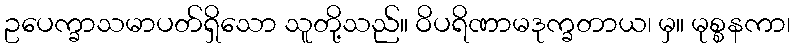
ဥပေက္ခာသမာပတ်ရှိသော သူတို့သည်။ ဝိပရိဏာမဒုက္ခတာယ၊ မှ။ မုစ္စနကာ၊